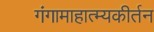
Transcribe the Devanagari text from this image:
गंगामाहात्म्यकीर्तन